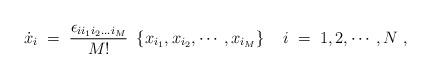
LaTeX: \begin{align*}\dot{x}_i\;=\;\frac{\epsilon_{ii_1i_2...i_M}}{M!}\ \left\{ x_{i_1}, x_{i_2},\cdots, x_{i_M}\right\} \ \ \ i\;=\;1,2,\cdots, N \ ,\end{align*}